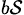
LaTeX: _{b\mathcal{S}}